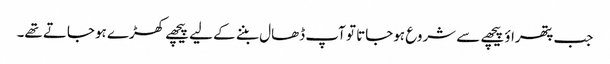
جب پتھراؤ پیچھے سے شروع ہوجاتا تو آپ ڈھال بننے کے لیے پیچھے کھڑے ہوجاتے تھے۔